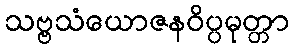
သဗ္ဗသံယောဇနဝိပ္ပမုတ္တာ